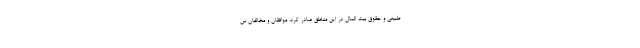
طبیعی و حقوق بیت المال در این مناطق صادر کرد. موافقان و مخالفان س